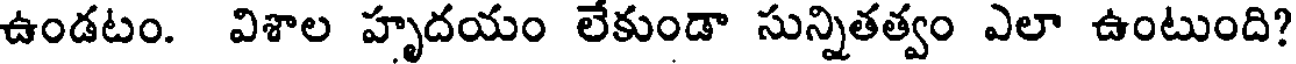
ఉండటం. విశాల హృదయం లేకుండా సున్నితత్వం ఎలా ఉంటుంది?